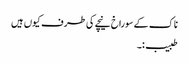
ناک کے سوراخ نیچے کی طرف کیوں ہیں
طبیب:۔